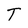
Character: T